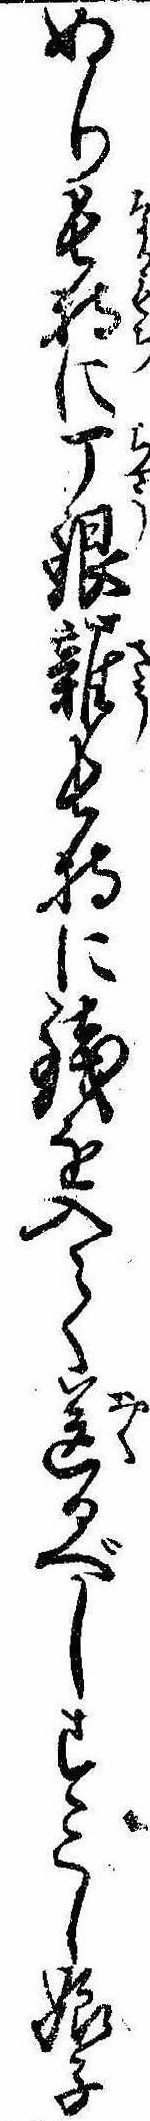
ぬり長持に丁銀雑長持に銭を入て送るべしすこし娘子